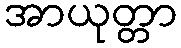
အာယုတ္တာ